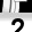
Digit: 2